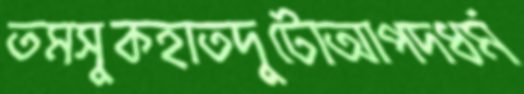
তমসুকহাতদুটোআপদধর্ম